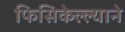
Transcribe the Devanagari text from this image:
फिसिकेल्ल्याने